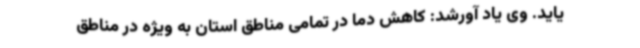
یاید. وی یاد آورشد: کاهش دما در تمامی مناطق استان به ویژه در مناطق